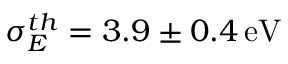
{ \sigma _ { E } ^ { t h } = 3 . 9 \pm 0 . 4 \, \mathrm { e V } }